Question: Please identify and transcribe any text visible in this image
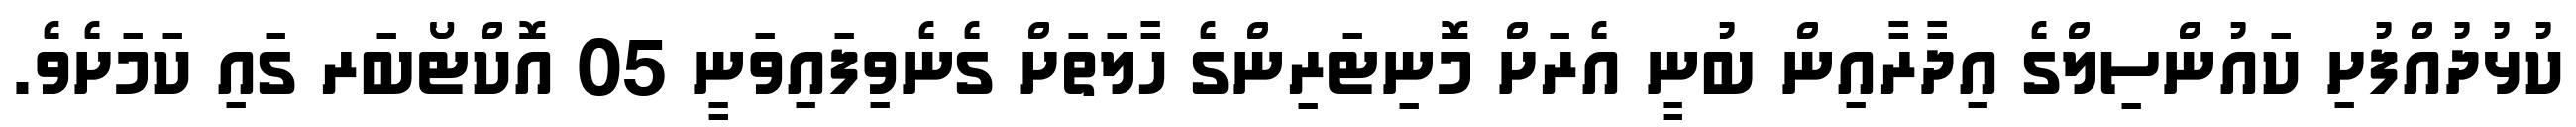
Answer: ކުޅުދުއްފުށި ކައުންސިލްގެ އިދާރާއިން ބުނީ އެރަށް މޮނިޓަރިންގެ ހާލަތަށް ގެނެވިފައިވަނީ 05 އޮކްޓޯބަރ ގައި ކަމަށެވެ.